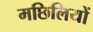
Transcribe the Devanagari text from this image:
मछिलियों